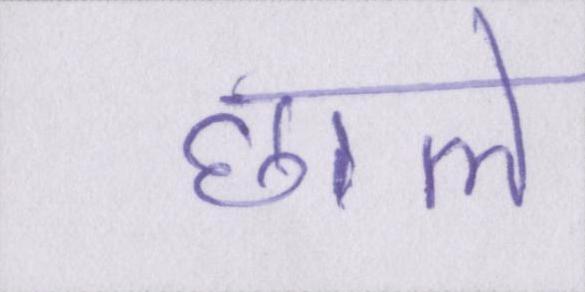
छाले